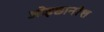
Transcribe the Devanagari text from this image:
ओड़छानरेश